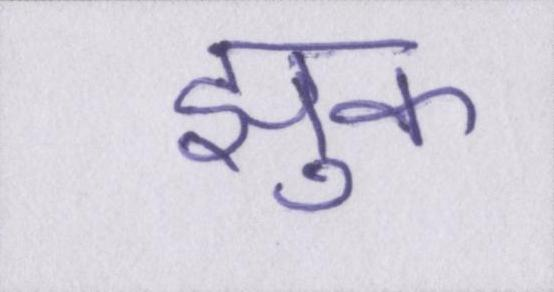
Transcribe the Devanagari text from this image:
झुक